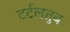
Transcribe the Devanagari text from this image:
टर्टलतुब